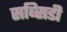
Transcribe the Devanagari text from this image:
सब्‍सिडी